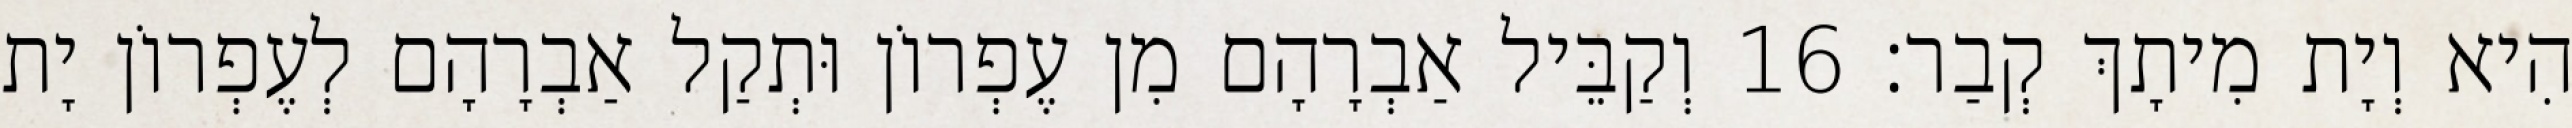
הִיא וְיָת מִיתָךְ קְבַר׃ 16 וְקַבֵּיל אַבְרָהָם מִן עֶפְרוֹן וּתְקַל אַבְרָהָם לְעֶפְרוֹן יָת